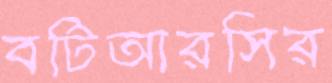
বটিআরসির